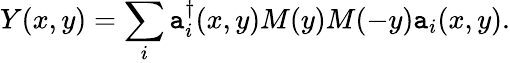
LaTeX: Y(x,y)=\sum_{i}\mathtt{a}_{i}^{\dagger}(x,y)M(y)M(-y)\mathtt{a}_{i}(x,y).